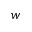
w